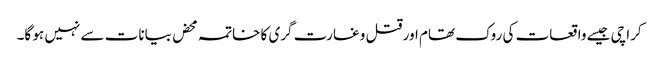
کراچی جیسے واقعات کی روک تھام اور قتل و غارت گری کا خاتمہ محض بیانات سے نہیں ہو گا۔